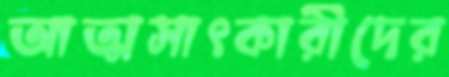
আত্মসাৎকারীদের